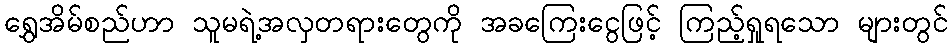
ရွှေအိမ်စည်ဟာ သူမရဲ့အလှတရားတွေကို အခကြေးငွေဖြင့် ကြည့်ရှုရသော များတွင်